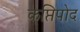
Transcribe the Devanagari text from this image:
कप्तिपोद